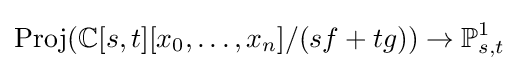
\operatorname {Proj} (\mathbb {C} [s,t][x_{0},\ldots ,x_{n}]/(sf+tg))\to \mathbb {P} _{s,t}^{1}